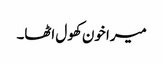
میرا خون کھول اٹھا۔